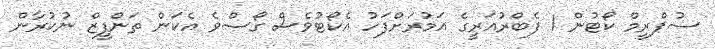
ސުޕްރީމް ކޯޓުން 1 ފެބްރުއަރީގެ އަމުރަށްފަހު އެކޯޓުވެސް ގޯސްވެ އެކަން ތަންފީޒް ނުކުރާން